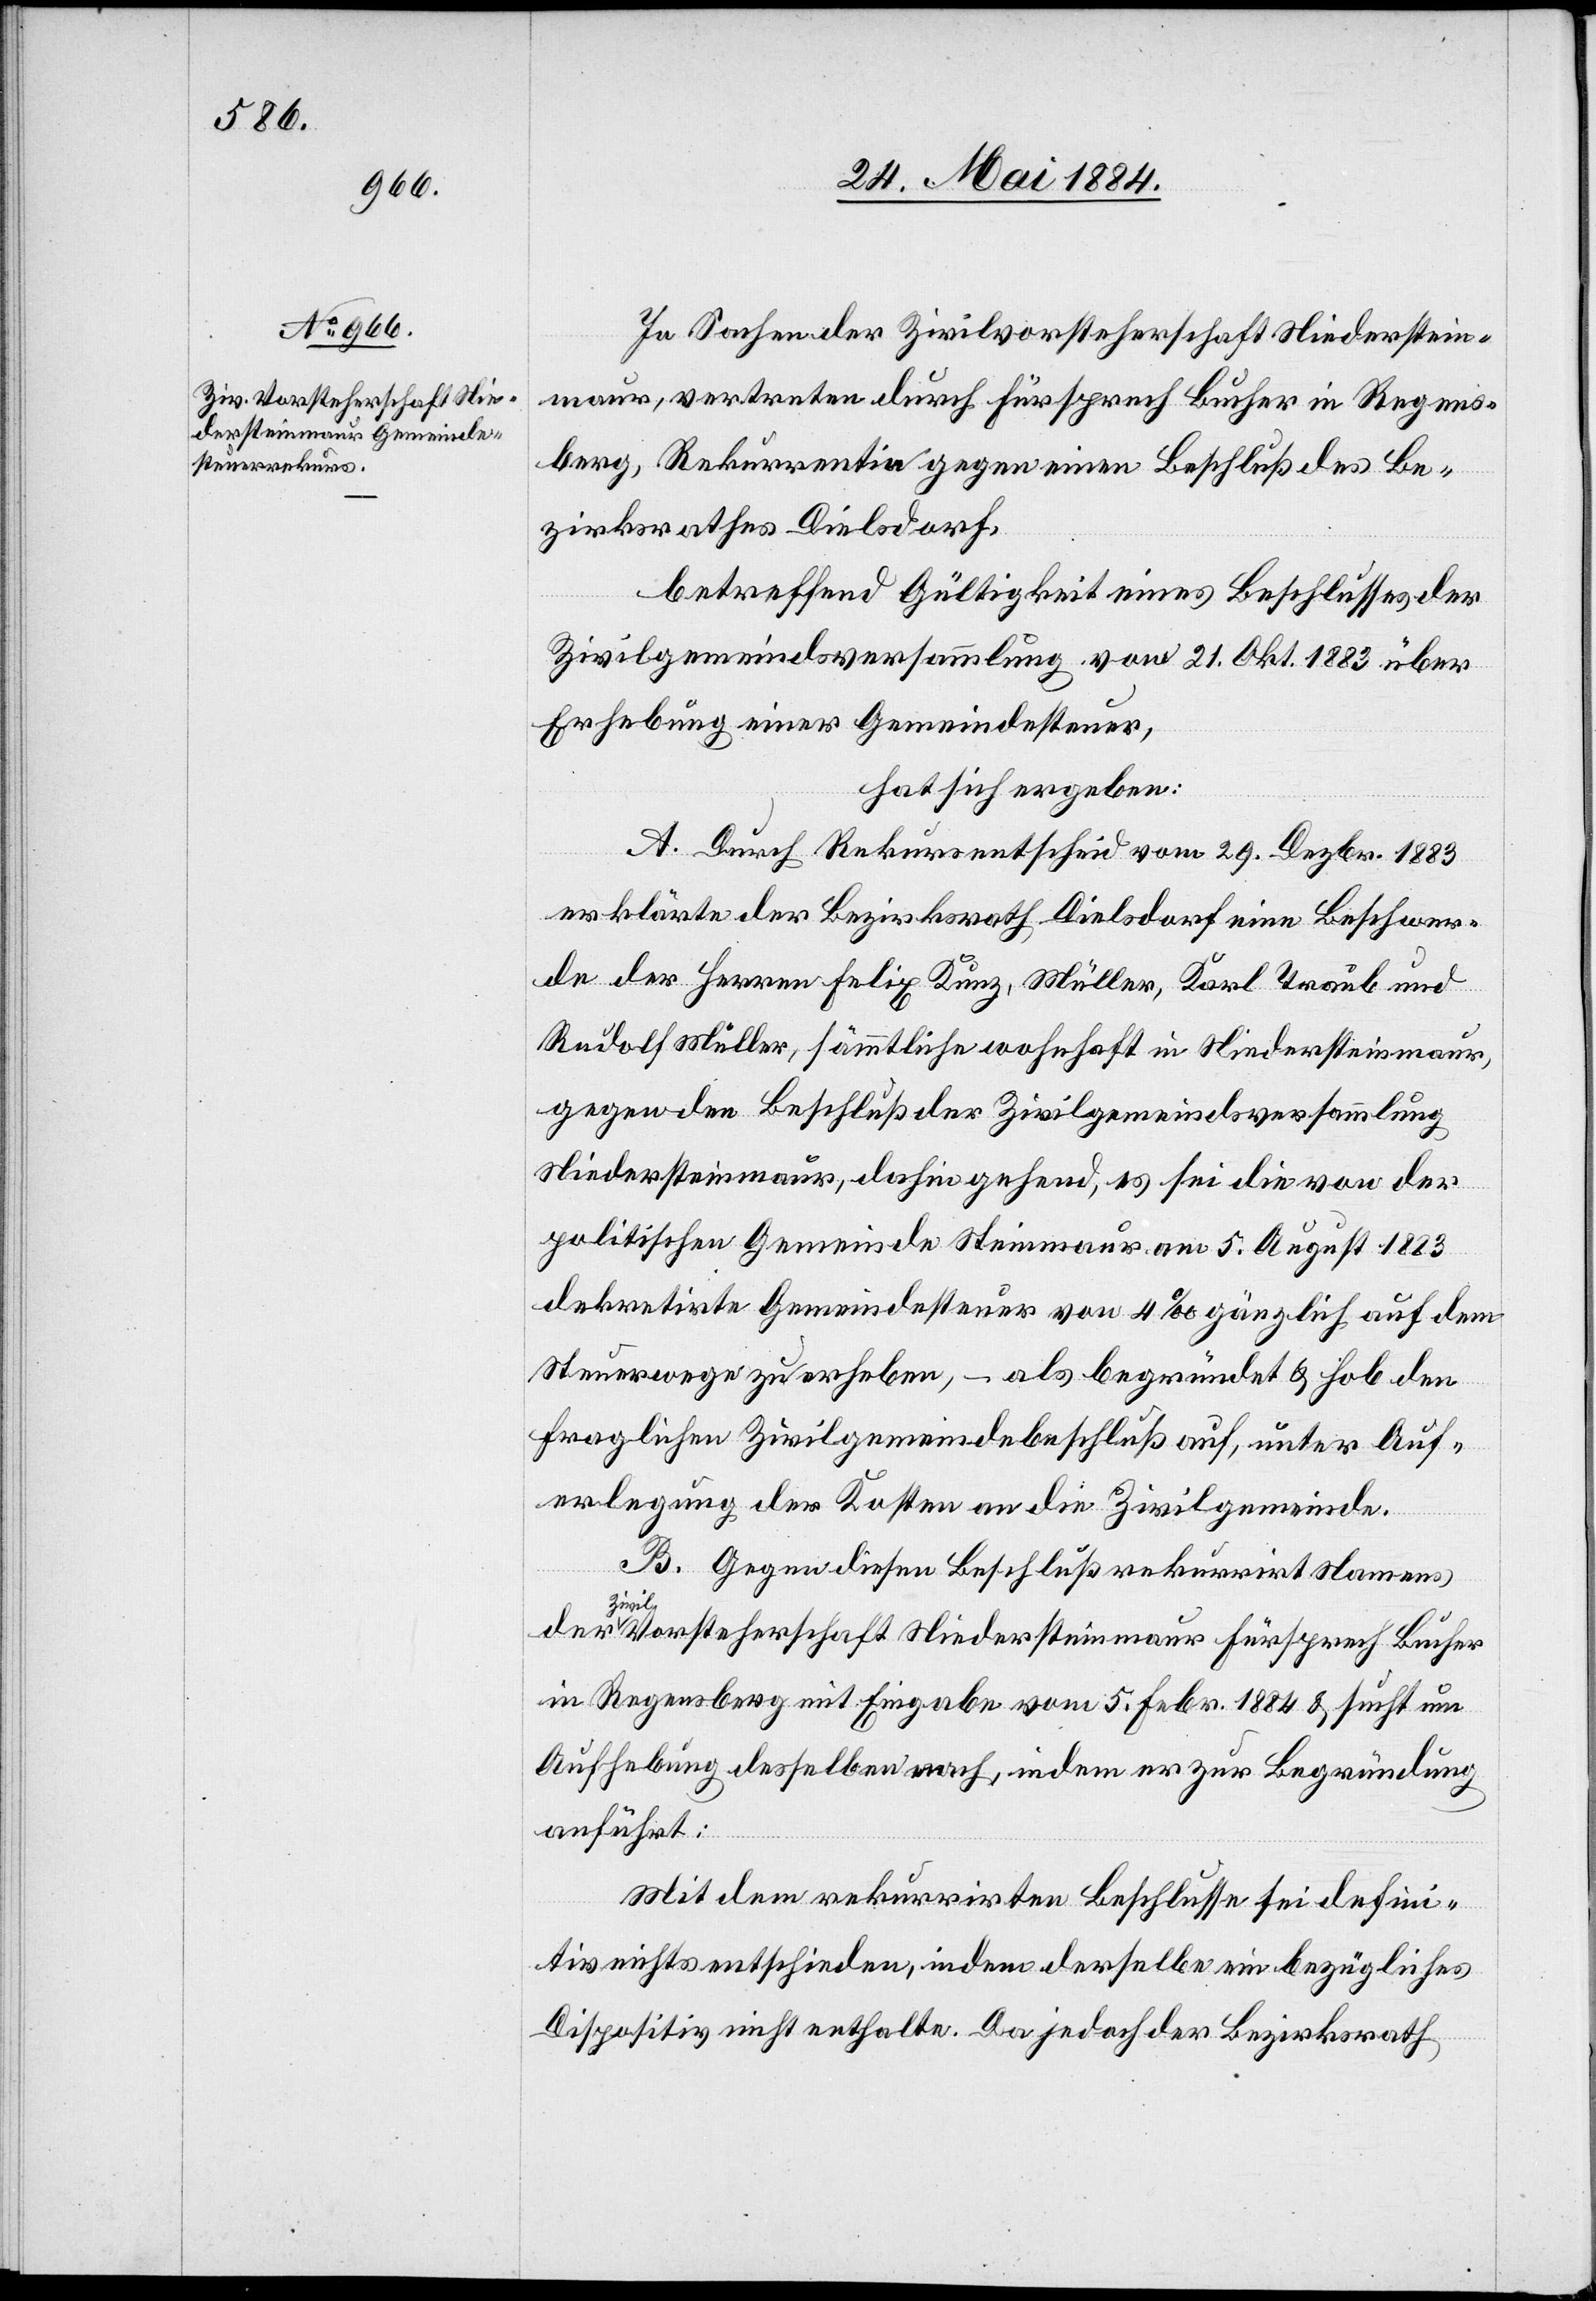
In Sachen der Zivilvorsteherschaft Niederstein¬
maur, vertreten durch Fürsprech Bucher in Regens¬
berg, Rekurrentin gegen einen Beschluß des Be¬
zirksrathes Dielsdorf,
betreffend Gültigkeit eines Beschlusses der
Zivilgemeindsversammlung vom 21. Okt. 1883 über
Erhebung einer Gemeindesteuer,
hat sich ergeben:
A. Durch Rekursentscheid vom 29. Dezbr. 1883
erklärte der Bezirksrath Dielsdorf eine Beschwer¬
de der Herren Felix Kunz, Müller, Karl Traub und
Rudolf Müller, sämmtliche wohnhaft in Niedersteinmaur,
gegen den Beschluß der Zivilgemeindsversammlung
Niedersteinmaur, dahin gehend, es sei die von der
politischen Gemeinde Steinmaur am 5. August 1883
dekretirte Gemeindesteuer von 4‰ gänzlich auf dem
Steuerwege zu erheben, – als begründet & hob den
fraglichen Zivilgemeindebeschluß auf, unter Auf¬
erlegung der Kosten an die Zivilgemeinde.
der
B. Gegen diesen Beschluß rekurrirt Namens
Vorsteherschaft Niedersteinmaur Fürsprech Bucher
in Regensberg mit Eingabe vom 5. Febr. 1884 & sucht um
Aufhebung desselben nach, indem er zur Begründung
anführt:
Mit dem rekurrirten Beschlusse sei defini¬
tiv nichts entschieden, indem derselbe ein bezügliches
Dispositiv nicht enthalte. Da jedoch der Bezirksrath